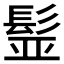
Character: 𩬾